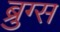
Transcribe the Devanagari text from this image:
ब्रुग्स